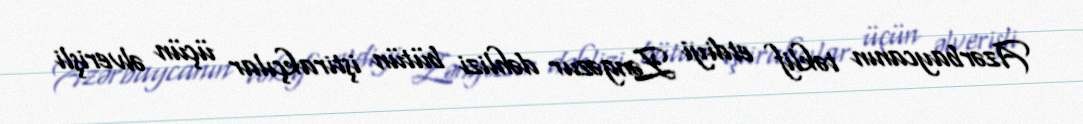
Azərbaycanın təklif etdiyi Zəngəzur dəhlizi bütün iştirakçılar üçün əlverişli